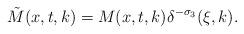
LaTeX: \begin{align*} \tilde{M}(x,t,k)=M(x,t,k)\delta^{-\sigma_3}(\xi,k).\end{align*}